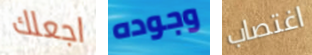
اجعلك وجوده اغتصاب